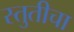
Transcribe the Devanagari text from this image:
स्तुतीचा